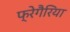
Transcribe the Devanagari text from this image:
फ्रेगैरिया